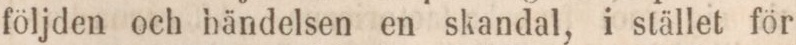
följden och händelsen en skandal, i stället för